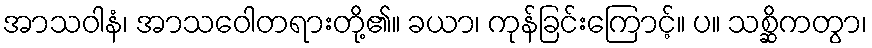
အာသဝါနံ၊ အာသဝေါတရားတို့၏။ ခယာ၊ ကုန်ခြင်းကြောင့်။ ပ။ သစ္ဆိကတွာ၊